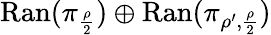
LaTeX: \mathrm{Ran}(\pi_{\frac{\rho}{2}})\oplus\mathrm{Ran}(\pi_{\rho^{\prime},\frac{\rho}{2}})